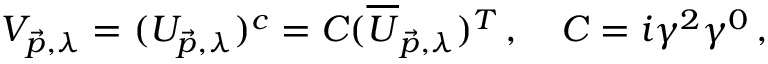
V _ { \vec { p } , \lambda } = ( U _ { \vec { p } , \lambda } ) ^ { c } = C ( \overline { { { U } } } _ { \vec { p } , \lambda } ) ^ { T } \, , \quad C = i \gamma ^ { 2 } \gamma ^ { 0 } \, ,